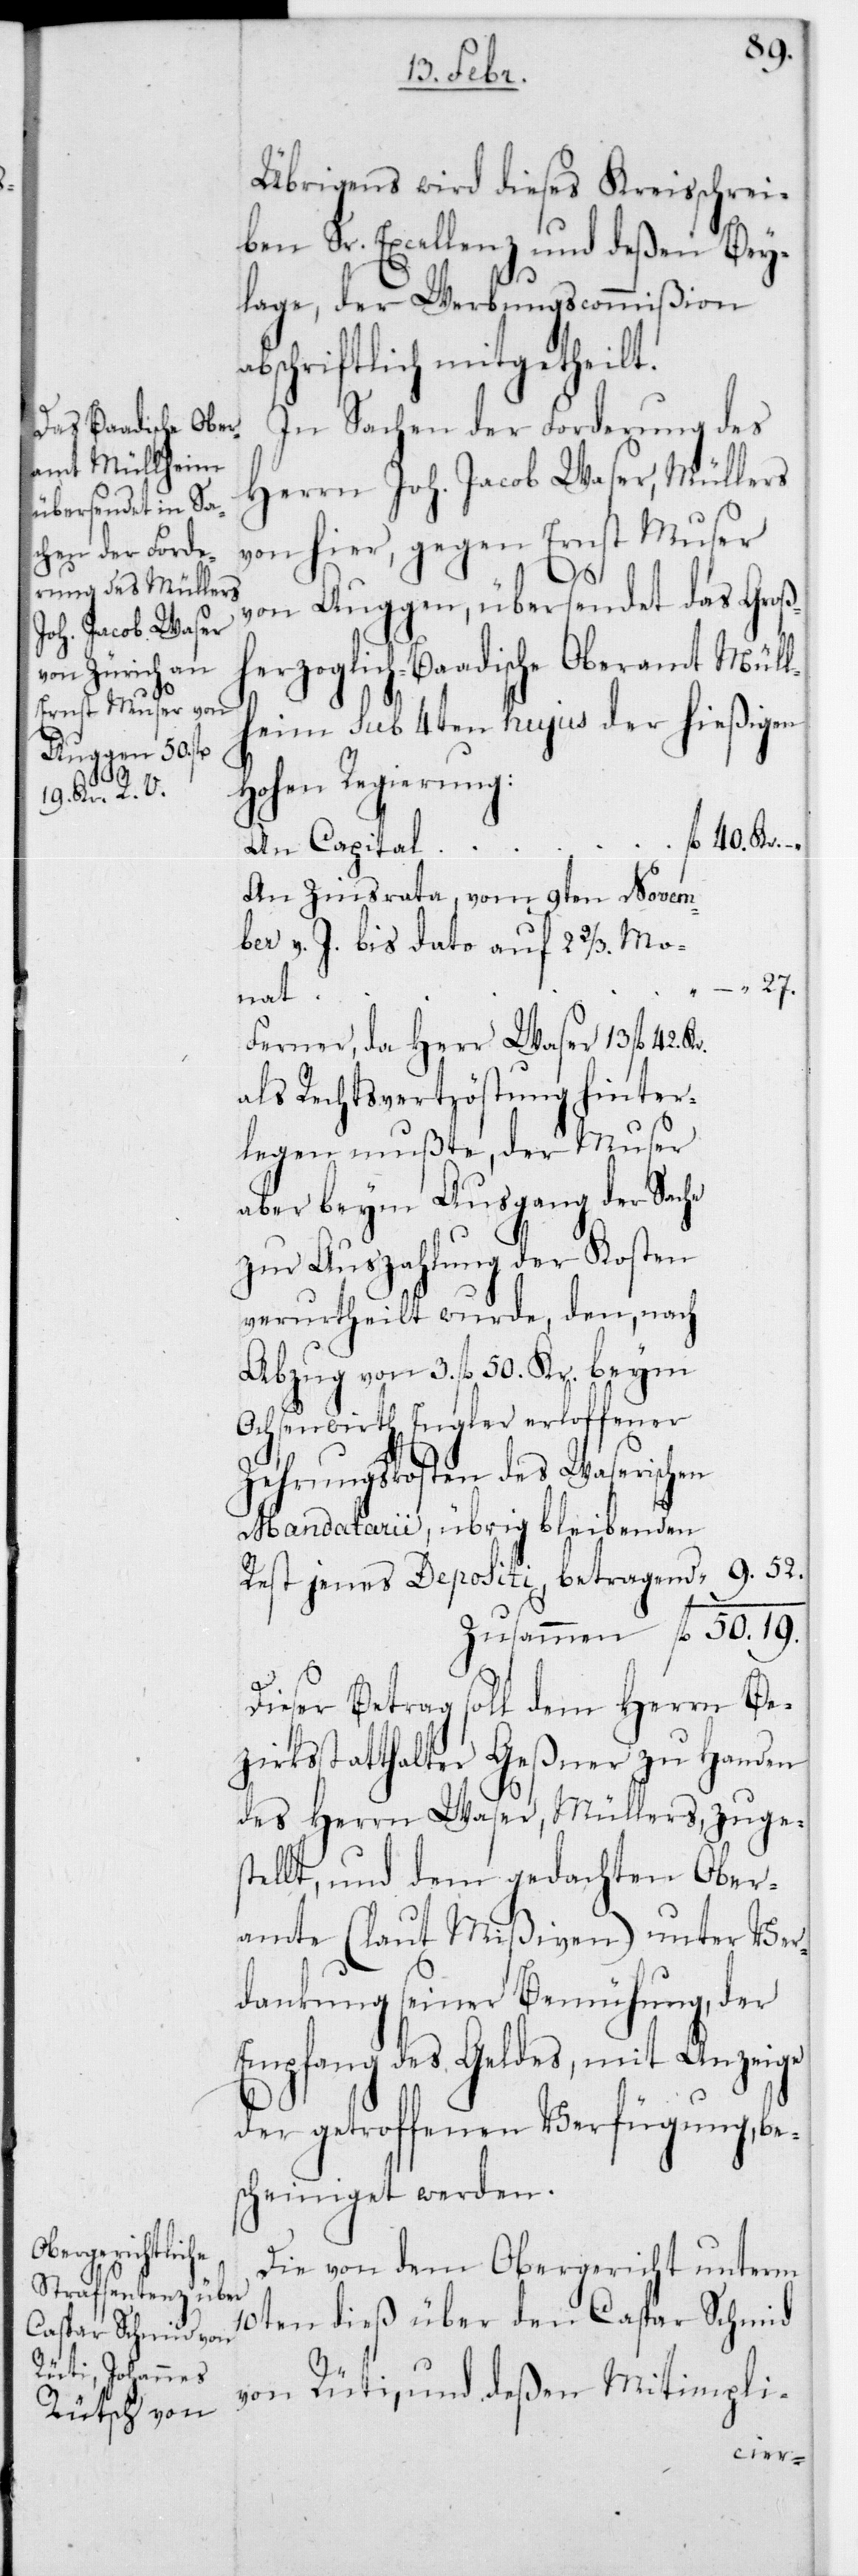
9.
Übrigens wird dieses Kreisschrei¬
ben Sr. Excellenz und deßen Bey¬
lage, der Werbungscommißion
abschriftlich mitgetheilt.
In Sachen der Forderung des
Herren Joh. Jacob Waser, Müllers
von hier, gegen Ernst Muser
von Auggen, übersendet das Groß¬
herzoglich-Badische Oberamt Müll¬
heim Sub 4ten hujus der hießigen
19.
Hohen Regierung:
42 Kr.
An Capital
An Zinsrata, vom 9teh Novem¬
ber v. J. bis dato auf 2 2/3 Mo¬
27.
nat
Ferner, da Herr Waser 13 fl.
als Rechtsvertröstung hinter¬
legen mußte, der Muser
aber beym Ausgang der Sache
zur Auszahlung der Kosten
verurtheilt wurde, den, nach
Abzug von 3 fl. 50 Kr. beym
Ochsenwirth Engler erloffener
Zehrungskosten des Waserischen
Mandatarii, übrig bleibenden
Dieser Betrag soll dem Herrn Be¬
zirksstatthalter Geßner zu Handen
des Herrn Waser, Müllers, zuges¬
tellt, und dem gedachten Ober¬
amte (laut Mißiven) unter Ver¬
dankung seiner Bemühung, der
Empfang des Geldes, mit Anzeige
der getroffenen Verfügung, be¬
scheiniget werden.
Die von dem Obergericht unterm
10ten dieß über den Caspar Schmid
von Rüti, und deßen Mitimpli-